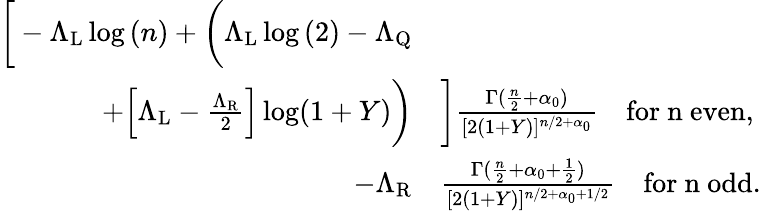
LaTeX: \begin{array}{rl}{\bigg[-\Lambda_{\mathrm{L}}\log{(n)}+\bigg(\Lambda_{\mathrm{L}}\log{(2)}-\Lambda_{\mathrm{Q}}}&{}\\ {+\Big[\Lambda_{\mathrm{L}}-\frac{\Lambda_{\mathrm{R}}}{2}\Big]\log(1+Y)\bigg)}&{\bigg]\frac{\Gamma(\frac{n}{2}+\alpha_{0})}{[2(1+Y)]^{n/2+\alpha_{0}}}\quad\mathrm{for~n~even},}\\ {-\Lambda_{\mathrm{R}}}&{\frac{\Gamma(\frac{n}{2}+{\alpha_{0}+\frac{1}{2}})}{[2(1+Y)]^{n/2+{\alpha_{0}+1/2}}}\quad\mathrm{for~n~odd}.}\end{array}